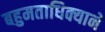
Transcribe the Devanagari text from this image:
बहुमताधिक्याने